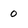
Character: 0